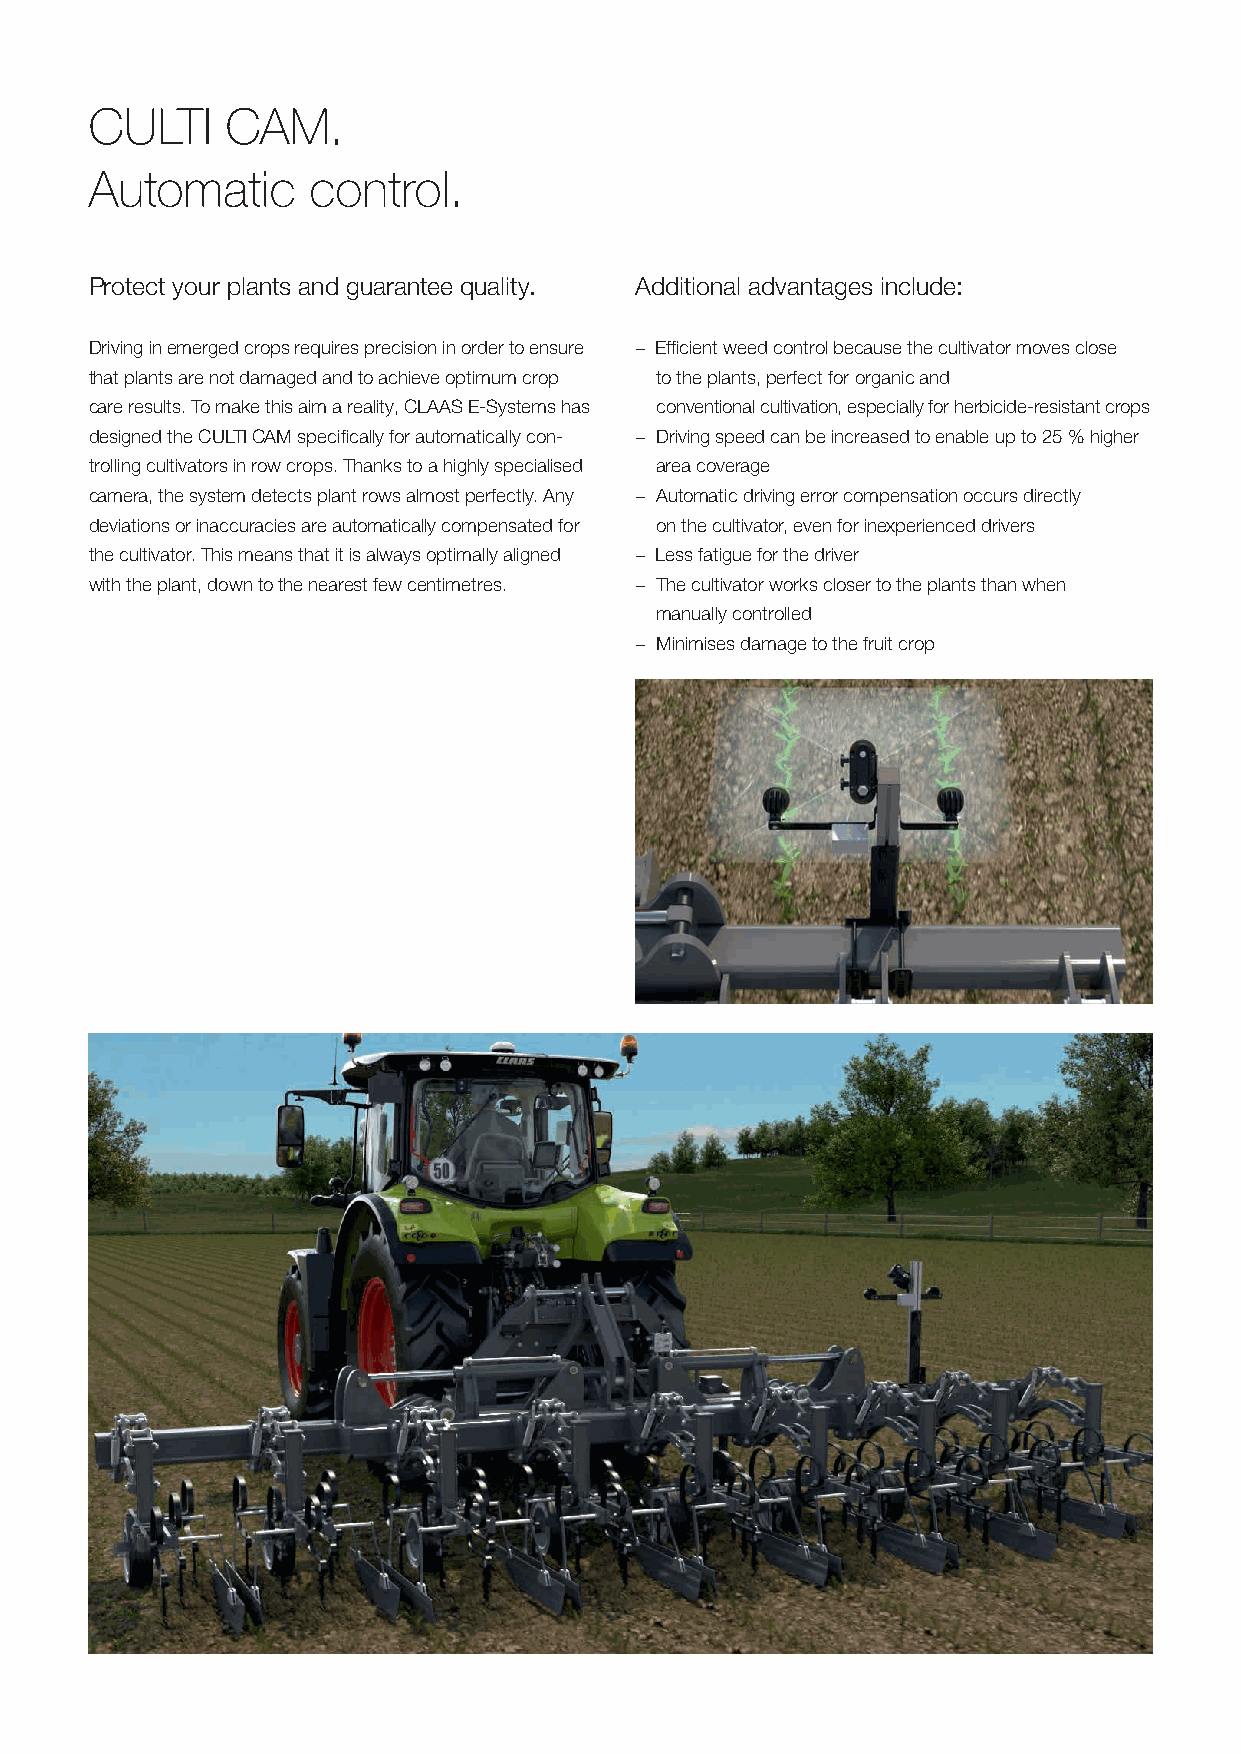
CULTI    CAM.
 Automatic     control.
 Protect your plants and guarantee quality. Additional advantages include:
 Driving in emerged crops requires precision in order to ensure − Efficient weed control because the cultivator moves close
 that plants are not damaged and to achieve optimum crop to the plants, perfect for organic and
 care results. To make this aim a reality, CLAAS E-Systems has conventional cultivation, especially for herbicide-resistant crops
 designed the CULTI CAM specifically for automatically con- − Driving speed can be increased to enable up to 25 % higher
 trolling cultivators in row crops. Thanks to a highly specialised area coverage
 camera, the system detects plant rows almost perfectly. Any − Automatic driving error compensation occurs directly
 deviations or inaccuracies are automatically compensated for on the cultivator, even for inexperienced drivers
 the cultivator. This means that it is always optimally aligned − Less fatigue for the driver
 with the plant, down to the nearest few centimetres. − The cultivator works closer to the plants than when
 manually controlled
 − Minimises damage to the fruit crop